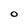
Character: O